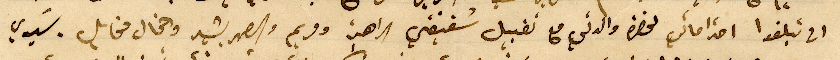
ان تبلغوا احتراماتي لحضرة والدتي مع تقبيل شقيقتي الراهبة ومريم والصهر بشير والخال مخايل. سيدي